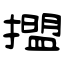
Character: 擝